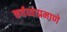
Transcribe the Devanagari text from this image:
कर्तव्याप्रमाणे